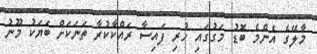
މާލޭގެ އެންމެ ބޮޑު މަގުގައި ހުރި ފައިސާ ރައްކާކުރާ ތަނަކަށް ބަޔަކު މޫނު